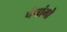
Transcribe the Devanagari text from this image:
पंचांगो